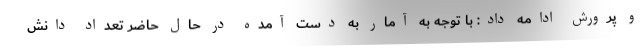
و پرورش ادامه داد: با توجه به آمار به دست آمده در حال حاضر تعداد دانش